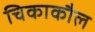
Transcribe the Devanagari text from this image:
चिकाकौल